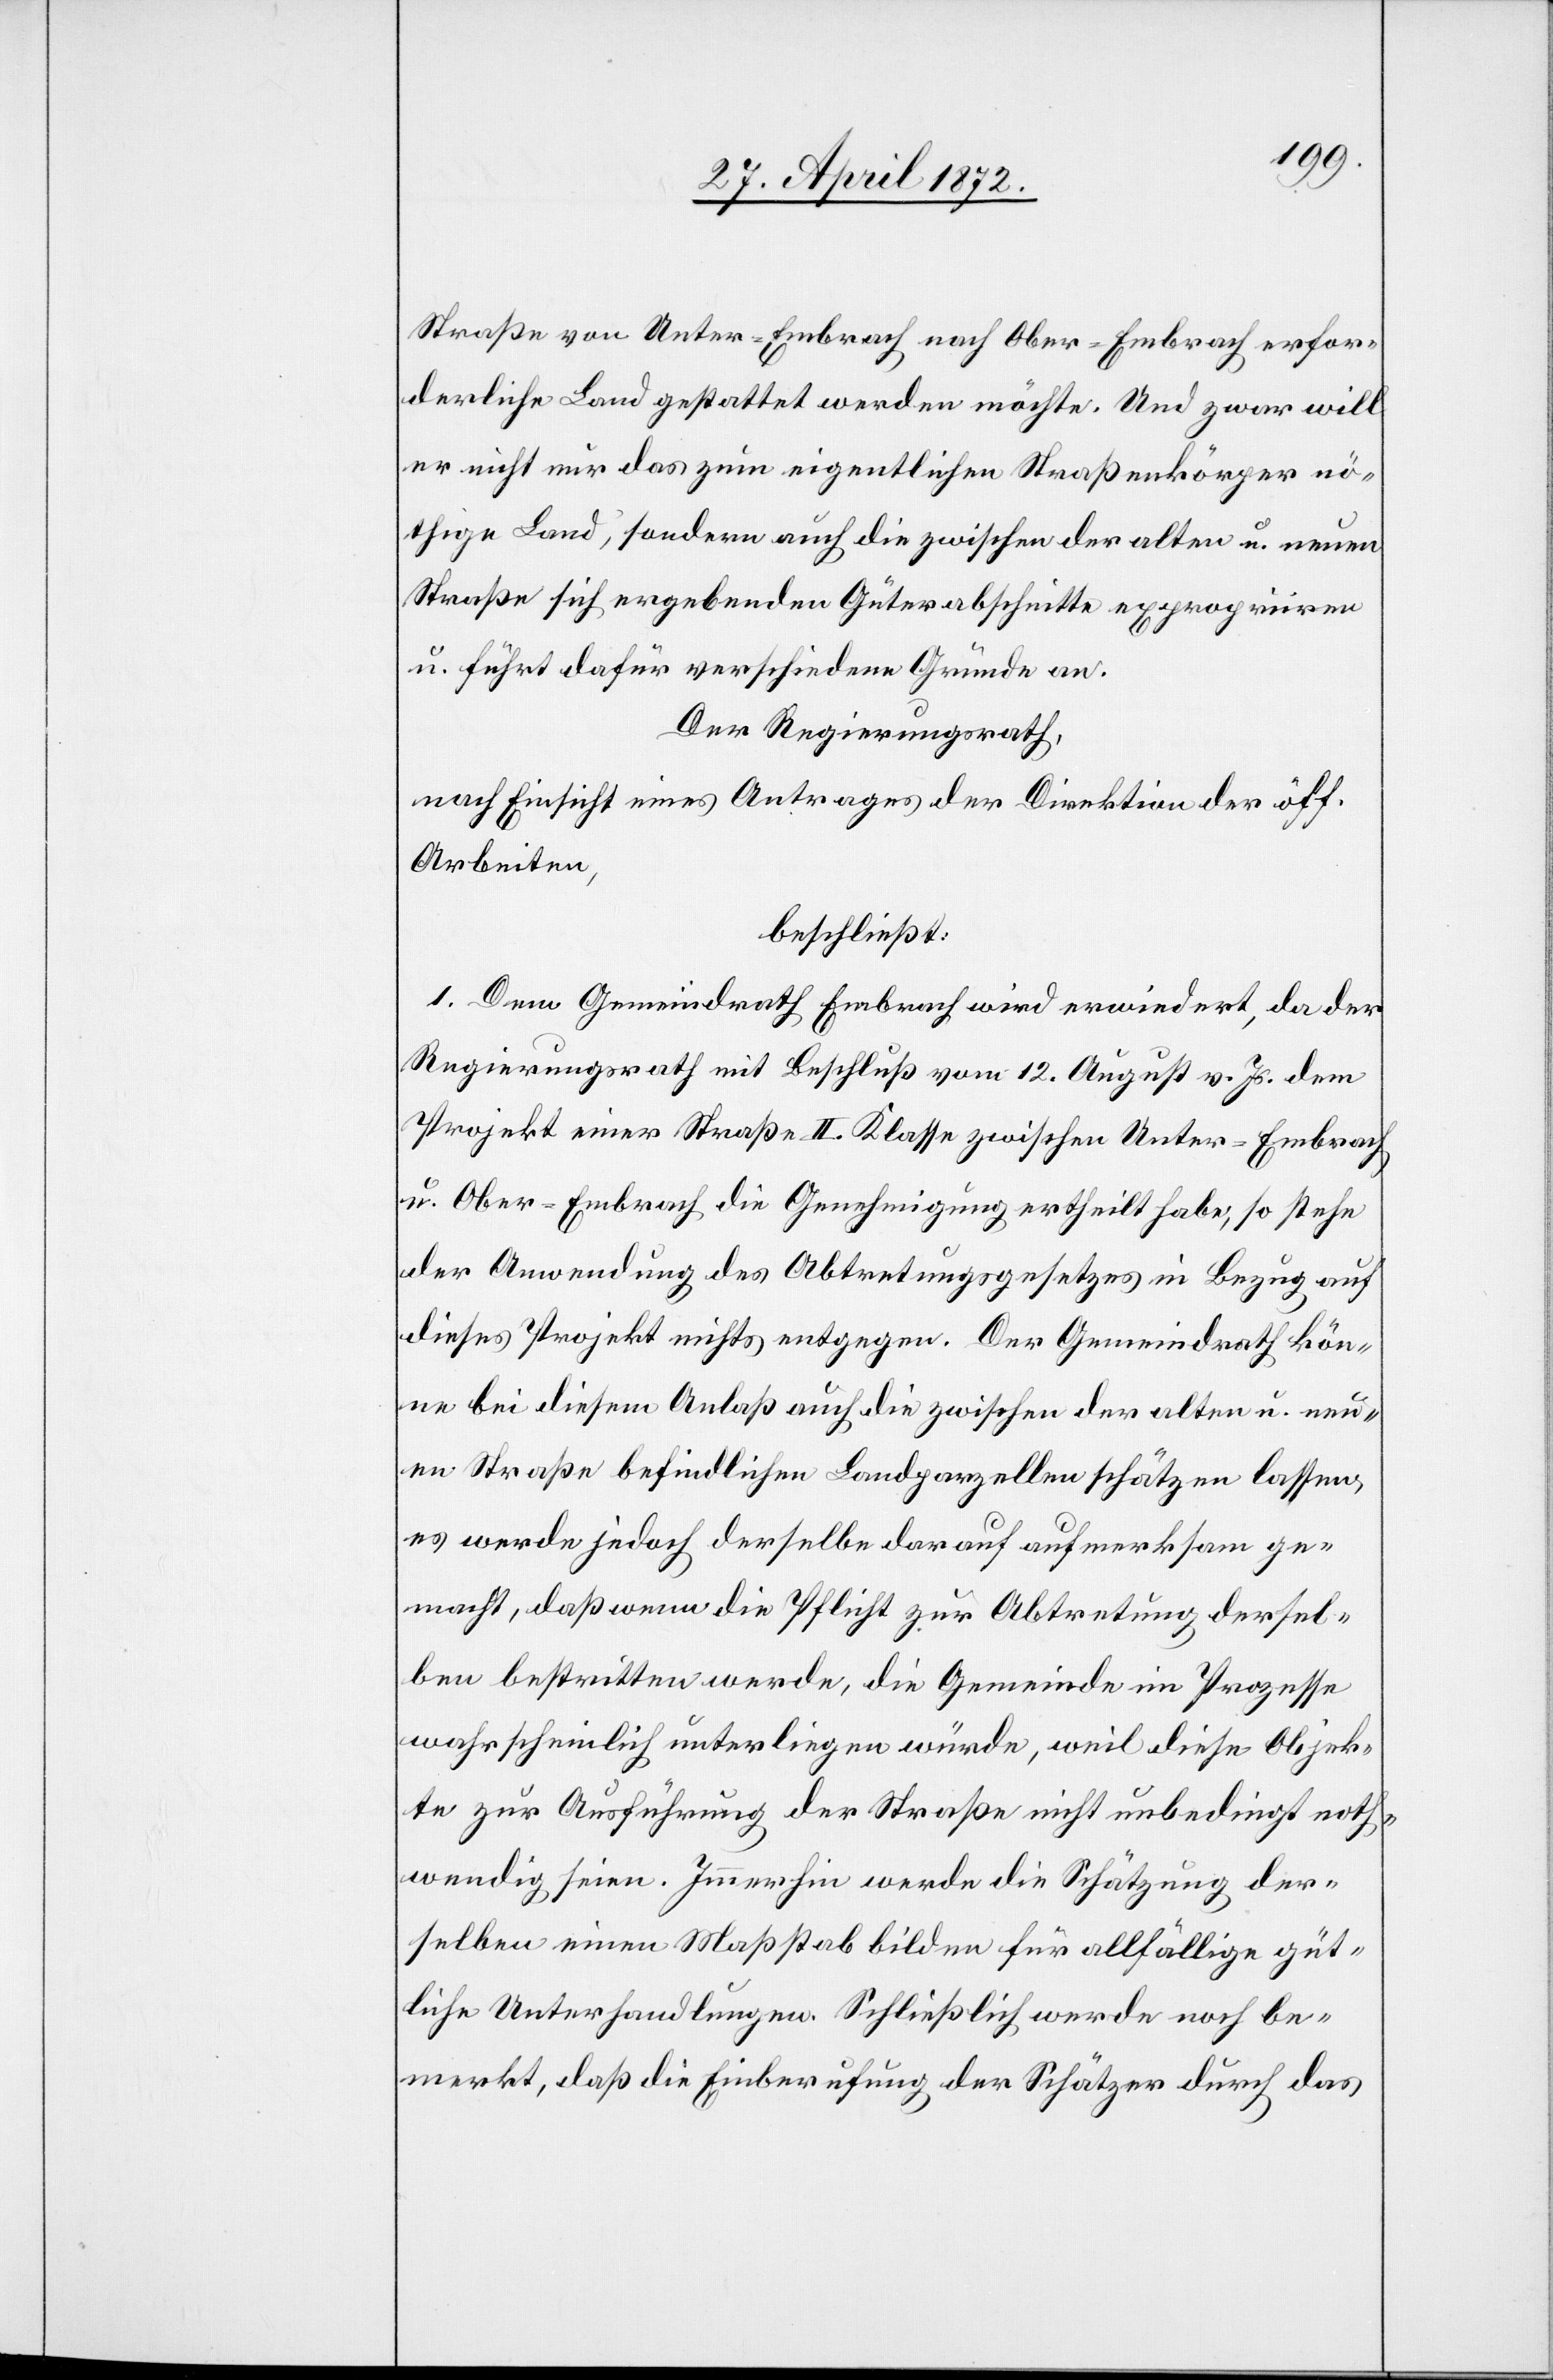
Straße von Unter-Embrach nach Ober-Embrach erfor¬
derliche Land gestattet werden möchte. Und zwar will
er nicht nur das zum eigentlichen Straßenkörper nö¬
thige Land, sondern auch die zwischen der alten u. neuen
Straße sich ergebenden Güterabschnitte expropriiren
u. führt dafür verschiedene Gründe an.
Der Regierungsrath,
nach Einsicht eines Antrages der Direktion der öff.
Arbeiten,
beschließt:
1. Dem Gemeindrath Embrach wird erwiedert, da der
Regierungsrath mit Beschluß vom 12. August v. Js. dem
Projekt einer Straße II. Klasse zwischen Unter-Embrach
u. Ober-Embrach die Genehmigung ertheilt habe, so stehe
der Anwendung des Abtretungsgesetzes in Bezug auf
dieses Projekt nichts entgegen. Der Gemeindrath kön¬
ne bei diesem Anlaß auch die zwischen der alten u. neu¬
en Straße befindlichen Landparzellen schätzen lassen;
es werde jedoch derselben darauf aufmerksam ge¬
macht, daß wenn die Pflicht zur Abtretung dersel¬
ben bestritten werde, die Gemeinde im Prozesse
wahrscheinlich unterliegen würde, weil diese Objek¬
te zur Ausführung der Straße nicht unbedingt noth¬
wendig seien. Immerhin werde die Schätzung der¬
selben einen Maßstab bilden für allfällige güt¬
liche Unterhandlungen. Schließlich werde noch be¬
merkt, daß die Einberufung der Schätzer durch das